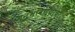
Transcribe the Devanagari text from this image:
अनुभविण्याचा